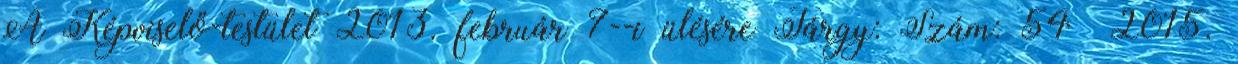
A Képviselő-testület 2013. február 7--i ülésére Tárgy: Szám: 54 2015.